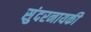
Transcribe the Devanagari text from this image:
सुंदरनायकी